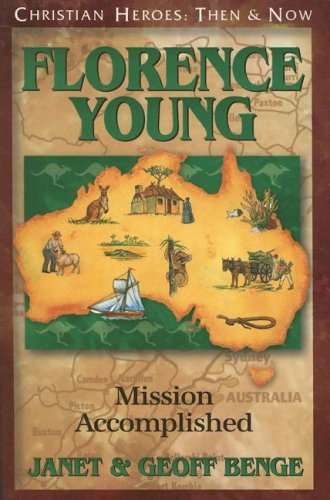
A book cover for Florence Young: Mission Accomplished (Christian Heroes: Then & Now); Geoff Benge; Children's Books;